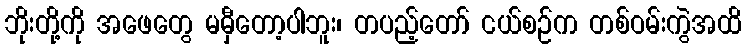
ဘိုးတို့ကို အဖေတွေ မမှီတော့ပါဘူး၊ တပည့်တော် ငယ်စဉ်က တစ်ဝမ်းကွဲအထိ